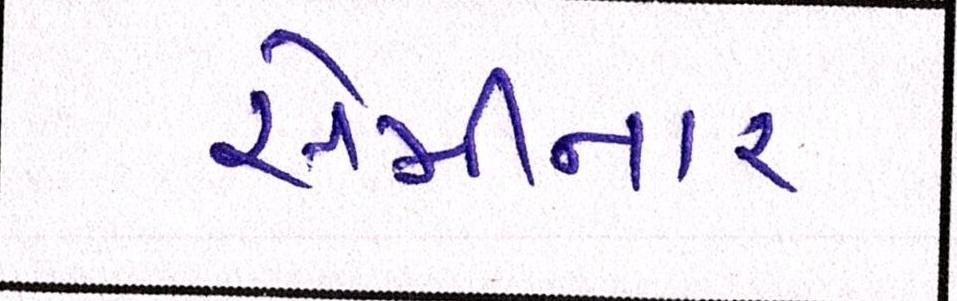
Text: સેમીનાર